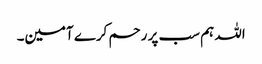
اللہ ہم سب پر رحم کرے آمین۔